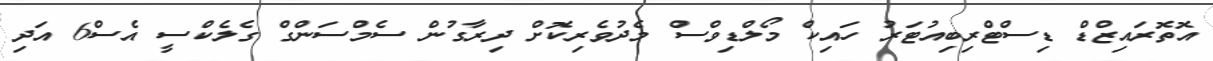
އޮތޮރައިޒްޑް ޑިސްޓްރިބިއުޓަރު ހައިކް މޯލްޑިވްސް މެދުވެރިކޮށް ދިރާގުން ސެމްސަންގް ގެލެކްސީ އެސް6 އަދި